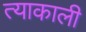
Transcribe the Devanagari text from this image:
त्याकाली